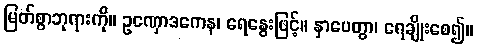
မြတ်စွာဘုရားကို။ ဥဏှောဒကေန၊ ရေနွေးဖြင့်။ နှာပေတွာ၊ ရေချိုးစေ၍။